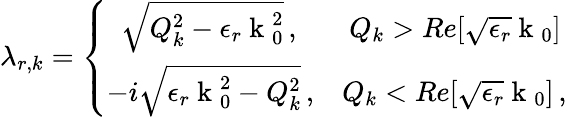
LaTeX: \lambda_{r,k}=\left\{ \begin{array}{ll}{\, \, \, \sqrt{Q_{k}^{2}-\epsilon_{r}\mathrm{~k~}_{0}^{2}}\, ,}&{\ Q_{k}>Re[\sqrt{\epsilon_{r}}\mathrm{~k~}_{0}]\, }\\ {-i\sqrt{\epsilon_{r}\mathrm{~k~}_{0}^{2}-Q_{k}^{2}}\, ,}&{Q_{k}<Re[\sqrt{\epsilon_{r}}\mathrm{~k~}_{0}]\, ,}\end{array}\right.